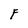
Character: F